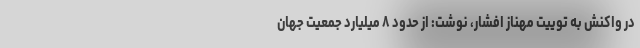
در واکنش به توییت مهناز افشار، نوشت: از حدود ۸ میلیارد جمعیت جهان